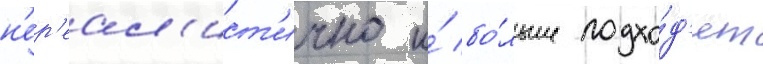
н'ер'еал'ист'ично и́ бо́льше подхо́д'ят